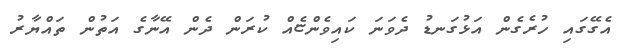
އެގޭގައި ހުރެގެން އަޅުގަނޑު ދެވަނަ ކައިވެންޏެއް ކުރަން ދެން އޭނާގެ އަތުން ތައްޔާރު